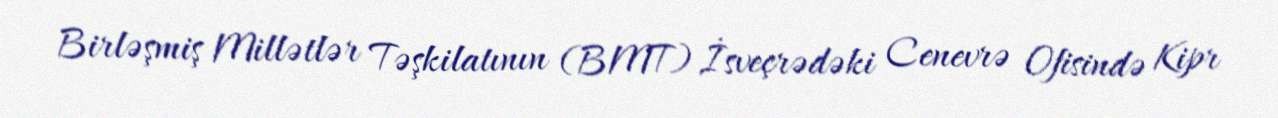
Birləşmiş Millətlər Təşkilatının (BMT) İsveçrədəki Cenevrə Ofisində Kipr